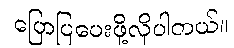
ပြောပြပေးဖို့လိုပါတယ်။